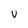
Character: V